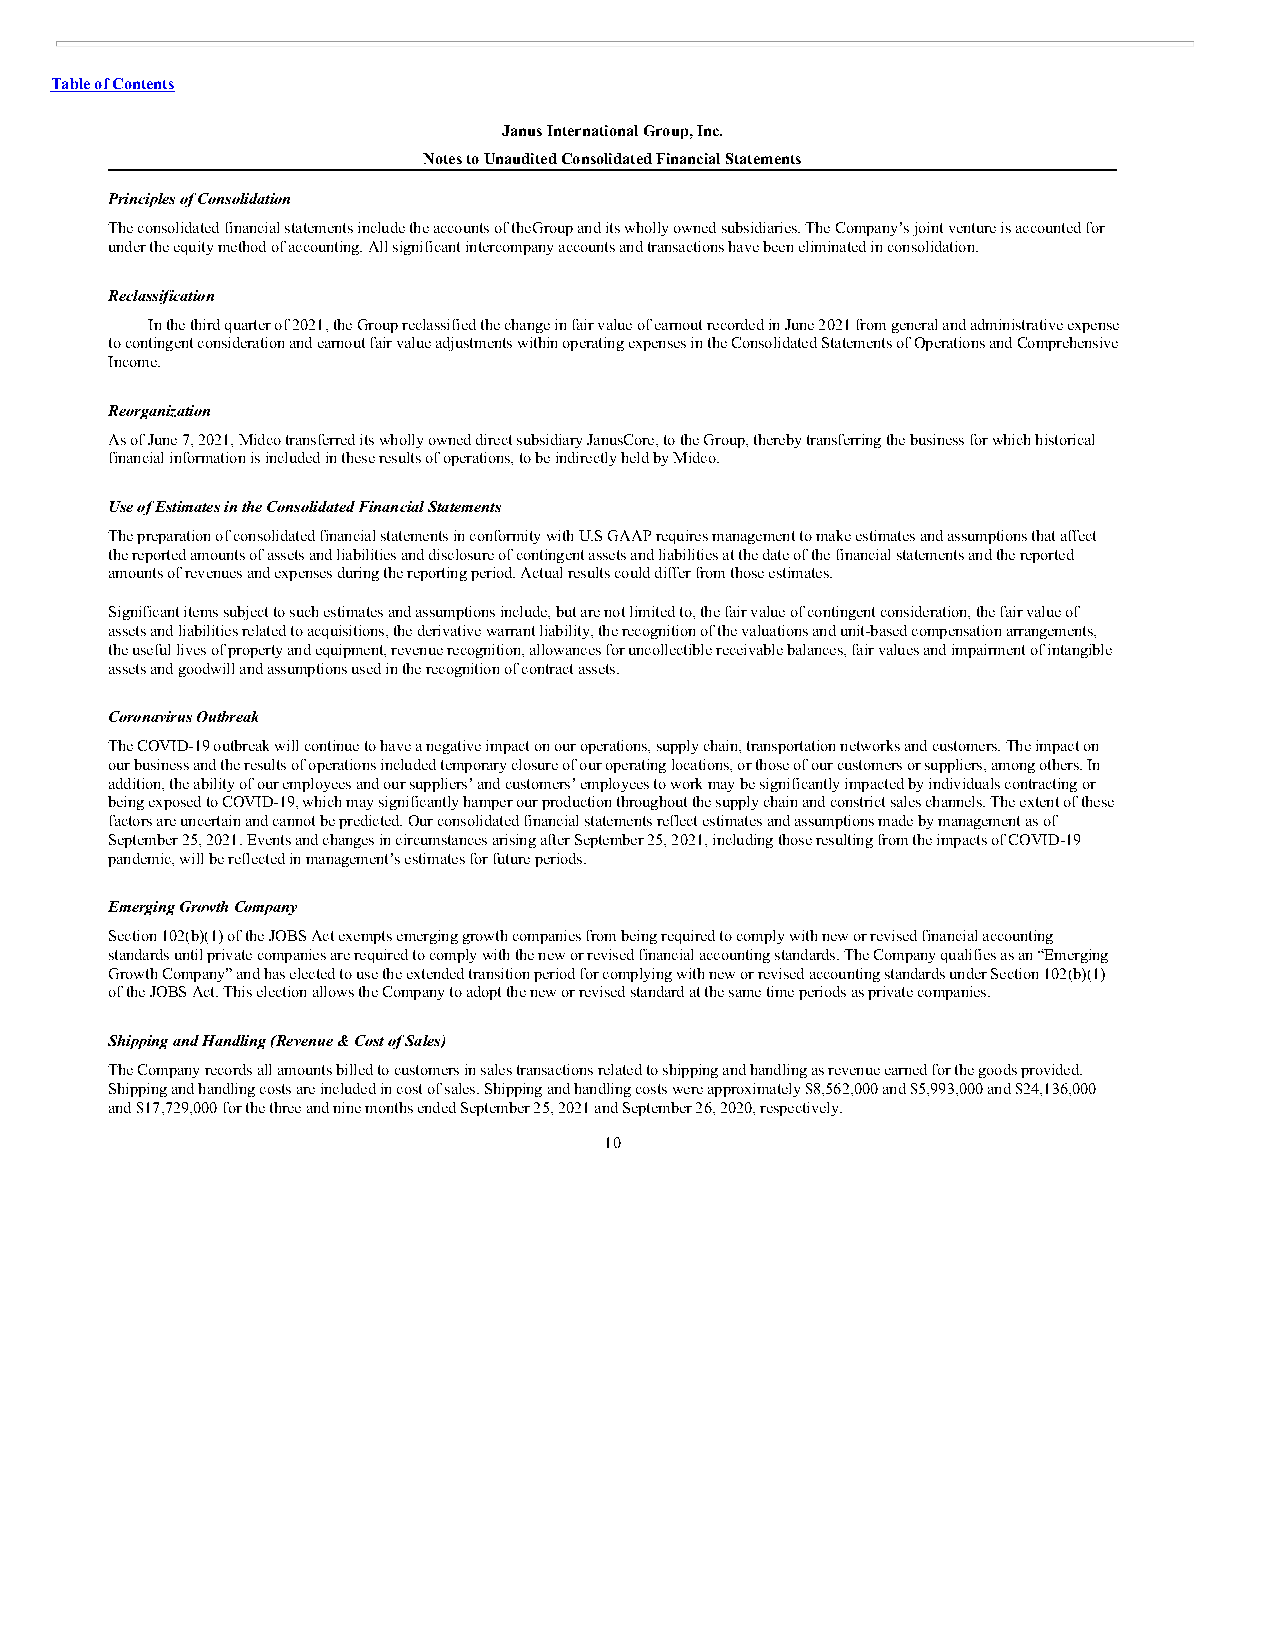
Table of Contents
 Janus International Group, Inc.
 Notes to Unaudited Consolidated Financial Statements
 Principles of Consolidation
 The consolidated financial statements include the accounts of the Group and its wholly owned subsidiaries. The Company’s joint venture is accounted for
 under the equity method of accounting. All significant intercompany accounts and transactions have been eliminated in consolidation.
 Reclassification
 In the third quarter of 2021, the Group reclassified the change in fair value of earnout recorded in June 2021 from general and administrative expense
 to contingent consideration and earnout fair value adjustments within operating expenses in the Consolidated Statements of Operations and Comprehensive
 Income.
 Reorganization
 As of June 7, 2021, Midco transferred its wholly owned direct subsidiary Janus Core, to the Group, thereby transferring the business for which historical
 financial information is included in these results of operations, to be indirectly held by Midco.
 Use of Estimates in the Consolidated Financial Statements
 The preparation of consolidated financial statements in conformity with U.S GAAP requires management to make estimates and assumptions that affect
 the reported amounts of assets and liabilities and disclosure of contingent assets and liabilities at the date of the financial statements and the reported
 amounts of revenues and expenses during the reporting period. Actual results could differ from those estimates.
 Significant items subject to such estimates and assumptions include, but are not limited to, the fair value of contingent consideration, the fair value of
 assets and liabilities related to acquisitions, the derivative warrant liability, the recognition of the valuations and unit-based compensation arrangements,
 the useful lives of property and equipment, revenue recognition, allowances for uncollectible receivable balances, fair values and impairment of intangible
 assets and goodwill and assumptions used in the recognition of contract assets.
 Coronavirus Outbreak
 The COVID-19 outbreak will continue to have a negative impact on our operations, supply chain, transportation networks and customers. The impact on
 our business and the results of operations included temporary closure of our operating locations, or those of our customers or suppliers, among others. In
 addition, the ability of our employees and our suppliers’ and customers’ employees to work may be significantly impacted by individuals contracting or
 being exposed to COVID-19, which may significantly hamper our production throughout the supply chain and constrict sales channels. The extent of these
 factors are uncertain and cannot be predicted. Our consolidated financial statements reflect estimates and assumptions made by management as of
 September 25, 2021. Events and changes in circumstances arising after September 25, 2021, including those resulting from the impacts of COVID-19
 pandemic, will be reflected in management’s estimates for future periods.
 Emerging Growth Company
 Section 102(b)(1) of the JOBS Act exempts emerging growth companies from being required to comply with new or revised financial accounting
 standards until private companies are required to comply with the new or revised financial accounting standards. The Company qualifies as an “Emerging
 Growth Company” and has elected to use the extended transition period for complying with new or revised accounting standards under Section 102(b)(1)
 of the JOBS Act. This election allows the Company to adopt the new or revised standard at the same time periods as private companies.
 Shipping and Handling (Revenue & Cost of Sales)
 The Company records all amounts billed to customers in sales transactions related to shipping and handling as revenue earned for the goods provided.
 Shipping and handling costs are included in cost of sales. Shipping and handling costs were approximately $8,562,000 and $5,993,000 and $24,136,000
 and $17,729,000 for the three and nine months ended September 25, 2021 and September 26, 2020, respectively.
 10